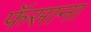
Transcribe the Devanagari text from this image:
फॅसाना